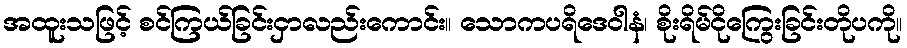
အထူးသဖြင့် စင်ကြယ်ခြင်းငှာလည်းကောင်း။ သောကပရိဒေဝါနံ၊ စိုးရိမ်ငိုကြွေးခြင်းတိုပကို။